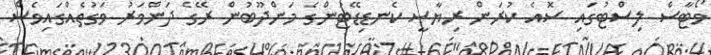
ވޯޓާސް ލިސްޓުގައި ސޮއެ ކުރަން ރިޔާސީ ކެނޑިޑޭޓުންގެ މަންދޫބުން ރޭގެ ދަންވަރު ވަގުތެއްގައިވެސް